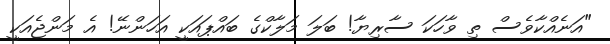
"އަނެއްކާވެސް ތި ވާހަކަ ސާރިޔާ! ބަލަ މަލާކްގެ ބައްޕައަކީ އަހަންނޭ! އެ މަންޖެއަކީ